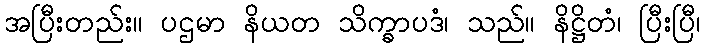
အပြီးတည်း။ ပဌမာ နိယတ သိက္ခာပဒံ၊ သည်။ နိဋ္ဌိတံ၊ ပြီးပြီ၊